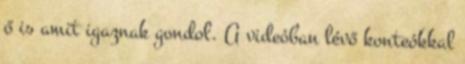
ő is amit igaznak gondol. A videóban lévő konteókkal